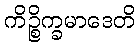
ကိဉ္စိက္ခမာဒေတိ